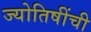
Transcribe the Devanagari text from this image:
ज्योतिषींची